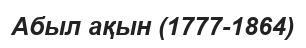
Абыл ақын (1777-1864)